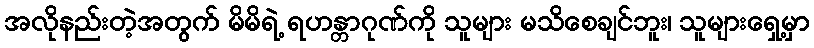
အလိုနည်းတဲ့အတွက် မိမိရဲ့ ရဟန္တာဂုဏ်ကို သူများ မသိစေချင်ဘူး၊ သူများရှေ့မှာ